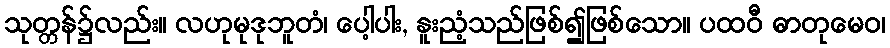
သုတ္တန်၌လည်း။ လဟုမုဒုဘူတံ၊ ပေါ့ပါး, နူးညံ့သည်ဖြစ်၍ဖြစ်သော။ ပထဝီ ဓာတုမေဝ၊